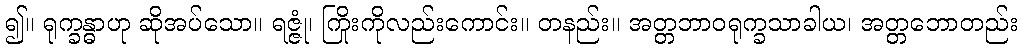
၍။ ရုက္ခန္ဓာဟု ဆိုအပ်သော။ ရဇ္ဇုံ၊ ကြိုးကိုလည်းကောင်း။ တနည်း။ အတ္တဘာဝရုက္ခသာခါယ၊ အတ္တဘောတည်း